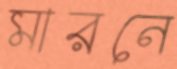
মারনে